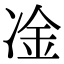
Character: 凎